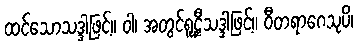
ထင်သောသဒ္ဒါဖြင့်။ ဝါ၊ အတွင်ရူဠှီသဒ္ဒါဖြင့်။ ဝီတရာဂေသုပိ၊